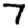
Digit: 7